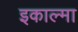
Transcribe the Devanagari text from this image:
इकाल्मा